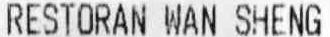
RESTORAN WAN SHENG